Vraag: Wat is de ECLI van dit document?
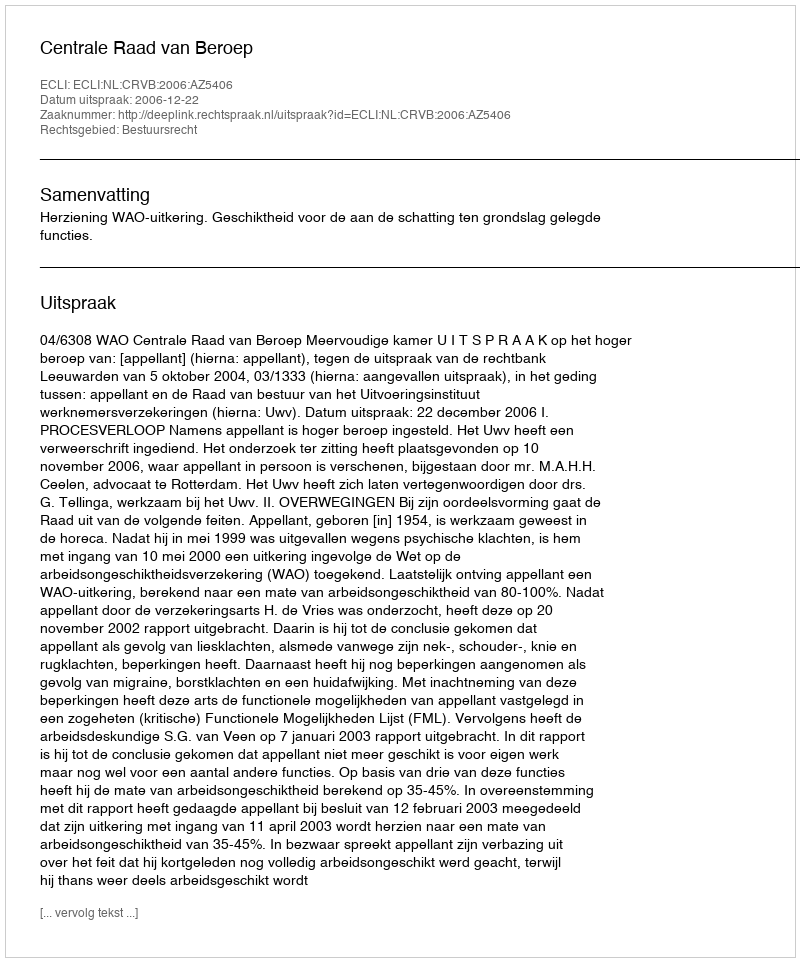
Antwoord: ECLI:NL:CRVB:2006:AZ5406